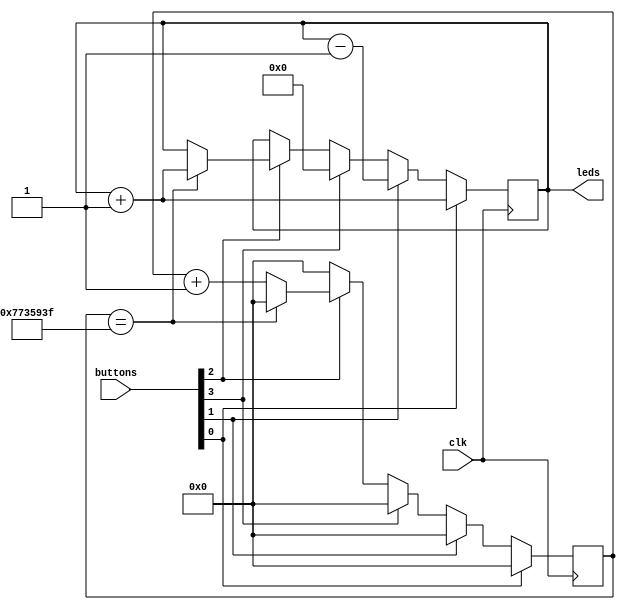
// Status:      works fine

module counter #(
    parameter CYCLES_PER_SECOND = 125_000_000
)(
    input clk,
    input [3:0] buttons,
    output [3:0] leds
);
    reg [3:0] counter = 0;
    assign leds = counter;

    reg [26:0] cts_upto_cycpersec = 'b0;

    always @(posedge clk) begin
        
        cts_upto_cycpersec <= 'b0;
        if (buttons[0])
            counter <= counter + 4'd1;
        else if (buttons[1])
            counter <= counter - 4'd1;
        else if (buttons[3])
            counter <= 4'd0;
        else if (buttons[2])
        begin
            cts_upto_cycpersec <= (cts_upto_cycpersec == CYCLES_PER_SECOND-1) ? 'b0 : cts_upto_cycpersec + 'b1;
            counter <= (cts_upto_cycpersec == CYCLES_PER_SECOND-1) ? counter + 'b1 : counter;
        end   
        else
            counter <= counter;
    end
endmodule